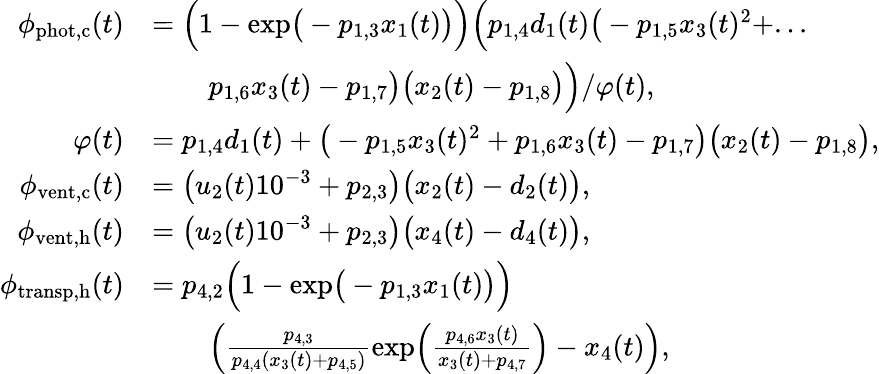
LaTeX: \begin{array}{rl}{\phi_{\mathrm{phot,c}}(t)}&{=\Big(1-\mathrm{exp}\big(-p_{1,3}x_{1}(t)\big)\Big)\Big(p_{1,4}d_{1}(t)\big(-p_{1,5}x_{3}(t)^{2}+...}\\ &{\qquad p_{1,6}x_{3}(t)-p_{1,7}\big)\big(x_{2}(t)-p_{1,8}\big)\Big)/\varphi(t),}\\ {\varphi(t)}&{=p_{1,4}d_{1}(t)+\big(-p_{1,5}x_{3}(t)^{2}+p_{1,6}x_{3}(t)-p_{1,7}\big)\big(x_{2}(t)-p_{1,8}\big),}\\ {\phi_{\mathrm{vent,c}}(t)}&{=\big(u_{2}(t)10^{-3}+p_{2,3}\big)\big(x_{2}(t)-d_{2}(t)\big),}\\ {\phi_{\mathrm{vent,h}}(t)}&{=\big(u_{2}(t)10^{-3}+p_{2,3}\big)\big(x_{4}(t)-d_{4}(t)\big),}\\ {\phi_{\mathrm{transp,h}}(t)}&{=p_{4,2}\Big(1-\mathrm{exp}\big(-p_{1,3}x_{1}(t)\big)\Big)}\\ &{\qquad\Big(\frac{p_{4,3}}{p_{4,4}(x_{3}(t)+p_{4,5})}\mathrm{exp}\Big(\frac{p_{4,6}x_{3}(t)}{x_{3}(t)+p_{4,7}}\Big)-x_{4}(t)\Big),}\end{array}